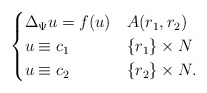
\begin{align*}\begin{cases} \Delta_\Psi u = f (u) & A(r_{1},r_{2}) \\ u \equiv c_{1} & \{ r_{1} \}\times N \\ u \equiv c_{2} &\{r_{2}\} \times N.\end{cases}\end{align*}